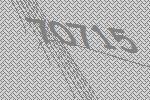
70715